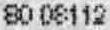
80 08112